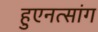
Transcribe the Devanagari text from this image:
हुएनत्सांग